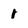
Character: 1